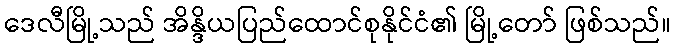
ဒေလီမြို့သည် အိန္ဒိယပြည်ထောင်စုနိုင်ငံ၏ မြို့တော် ဖြစ်သည်။